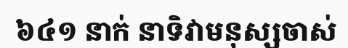
៦៤១ នាក់ នាទិវាមនុស្សចាស់